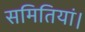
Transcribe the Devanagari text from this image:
समितियां।